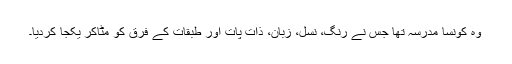
وہ کونسا مدرسہ تھا جس نے رنگ، نسل، زبان، ذات پات اور طبقات کے فرق کو مٹاکر یکجا کردیا۔